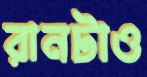
রানটাও